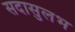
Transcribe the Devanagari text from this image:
सदासुलभ